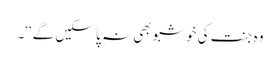
وہ جنت کی خوشبو بھی نہ پا سکیں گے‘‘۔